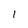
Character: 1